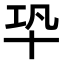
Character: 𠦘